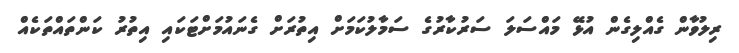
ރިލުވާން ގެއްލިގެން އުޅޭ މައްސަލަ ސަރުކާރުގެ ސަމާލުކަމަށް އިތުރަށް ގެނައުމަށްޓަކައި އިތުރު ކަންތައްތަކެއް